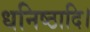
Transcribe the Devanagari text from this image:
धनिष्ठादि।